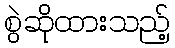
စွဲဆိုထားသည့်